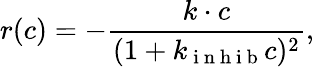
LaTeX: r(c)=-\frac{k\cdot c}{(1+k_{\mathrm{~i~n~h~i~b~}}c)^{2}},